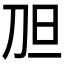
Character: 𱐖